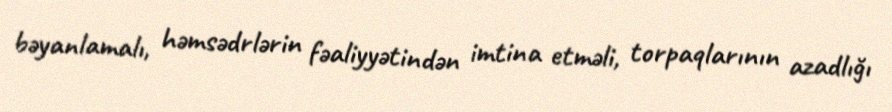
bəyanlamalı, həmsədrlərin fəaliyyətindən imtina etməli, torpaqlarının azadlığı